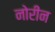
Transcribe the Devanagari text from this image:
नोरीन